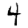
Digit: 4